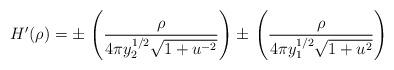
LaTeX: \begin{align*}H'(\rho) = \pm \, \left(\frac{\rho}{4\pi y_2^{1/2} \sqrt{1+u^{-2}}}\right) \pm \, \left(\frac{\rho}{4\pi y_1^{1/2} \sqrt{1+u^{2}}}\right)\end{align*}